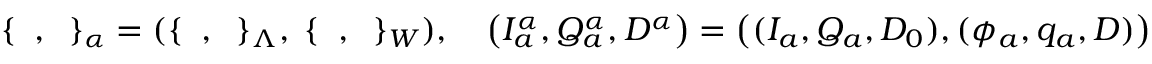
\{ \; \; , \; \; \} _ { \alpha } = ( \{ \; \; , \; \; \} _ { \Lambda } , \; \{ \; \; , \; \; \} _ { W } ) , \quad \left( I _ { a } ^ { \alpha } , Q _ { a } ^ { \alpha } , D ^ { \alpha } \right) = \left( ( I _ { a } , Q _ { a } , D _ { 0 } ) , ( \phi _ { a } , q _ { a } , D ) \right) . \nonumber